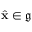
\hat { \mathbf { x } } \in \mathfrak { g }